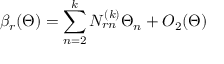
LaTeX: \beta _ { r } ( \Theta ) = \sum _ { n = 2 } ^ { k } { \cal N } _ { r n } ^ { ( k ) } \Theta _ { n } + O _ { 2 } ( \Theta )